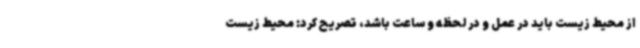
از محیط زیست باید در عمل و در لحظه و ساعت باشد، تصریح کرد: محیط زیست